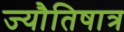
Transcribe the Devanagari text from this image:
ज्यौतिषात्र